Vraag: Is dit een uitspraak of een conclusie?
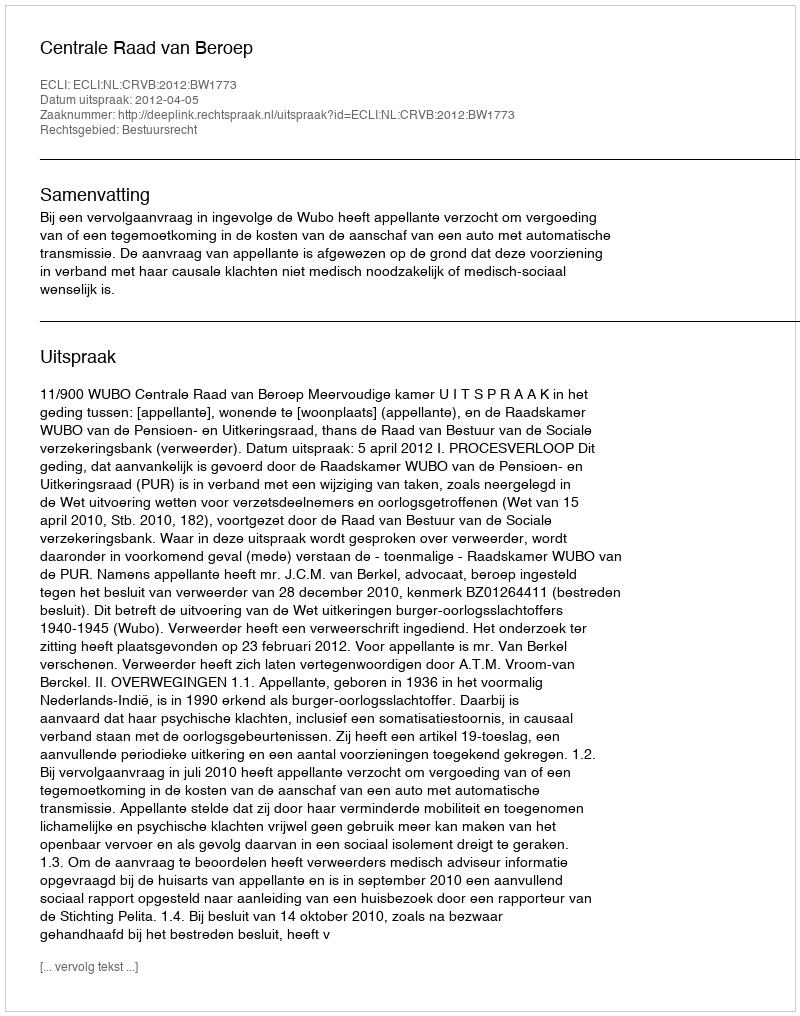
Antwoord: Uitspraak